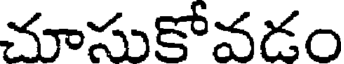
చూసుకోవడం